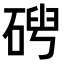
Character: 𥓦